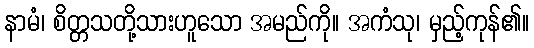
နာမံ၊ စိတ္တသတို့သားဟူသော အမည်ကို။ အကံသု၊ မှည့်ကုန်၏။